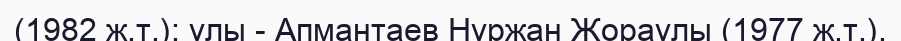
(1982 ж.т.); ұлы - Апмантаев Нұржан Жораүлы (1977 ж.т.).